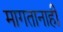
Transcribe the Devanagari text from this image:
मागतानाही